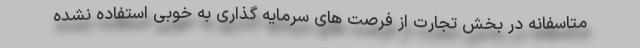
متاسفانه در بخش تجارت از فرصت های سرمایه گذاری به خوبی استفاده نشده